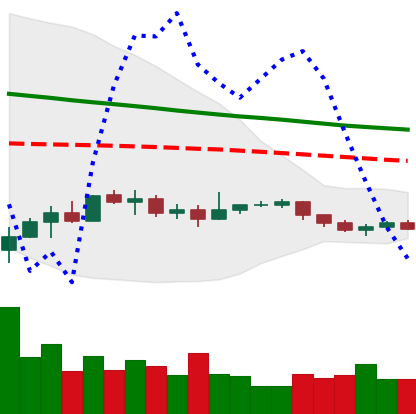
Ticker: EOS-USD
Chart end date: 2019-12-14
Forward return: -4.362%
Label: down_3_5